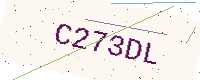
Text: C273DL